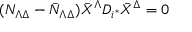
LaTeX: ( { \cal N } _ { \Lambda \Delta } - { \bar { \cal N } } _ { \Lambda \Delta } ) { \bar { X } } ^ { \Lambda } D _ { i ^ { * } } { \bar { X } } ^ { \Delta } = 0